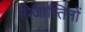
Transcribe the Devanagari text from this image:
बिजान्तिनों